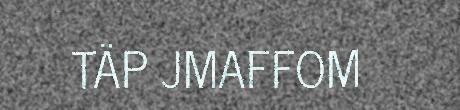
TÄP JMAFFOM